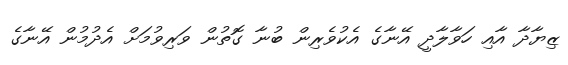
ޒިޔާދާ އާއި ހަވާލާދީ އޭނާގެ އެކުވެރިން ބުނާ ގޮތުން ވަރިވުމަށް އެދުމުން އޭނާގެ